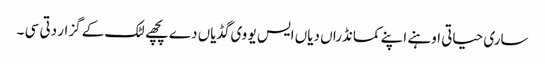
ساری حیاتی اوہنے اپنے کمانڈراں دیاں ایس یو وی گڈیاں دے پچھے لٹک کے گزار دتی سی ۔